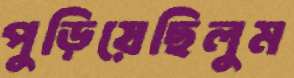
পুড়িয়েছিলুম